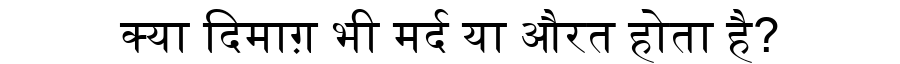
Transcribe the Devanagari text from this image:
क्या दिमाग़ भी मर्द या औरत होता है?